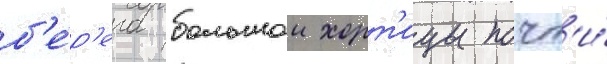
б'е́р'ега большои хорт'ицы почт'и́